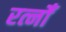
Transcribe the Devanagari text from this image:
रत्नोँ